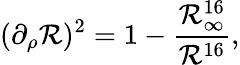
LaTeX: (\partial_{\rho}\mathcal{R})^{2}=1-{\frac{{\mathcal{R}_{\infty}^{16}}}{{\mathcal{R}^{16}}}},